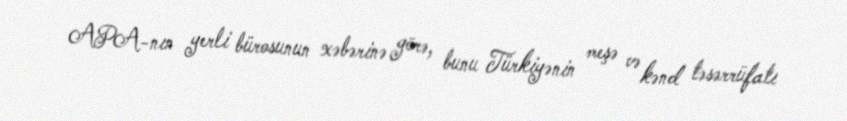
APA-nın yerli bürosunun xəbərinə görə, bunu Türkiyənin meşə və kənd təsərrüfatı